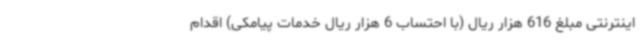
اینترنتی مبلغ 616 هزار ریال (با احتساب 6 هزار ریال خدمات پیامکی) اقدام